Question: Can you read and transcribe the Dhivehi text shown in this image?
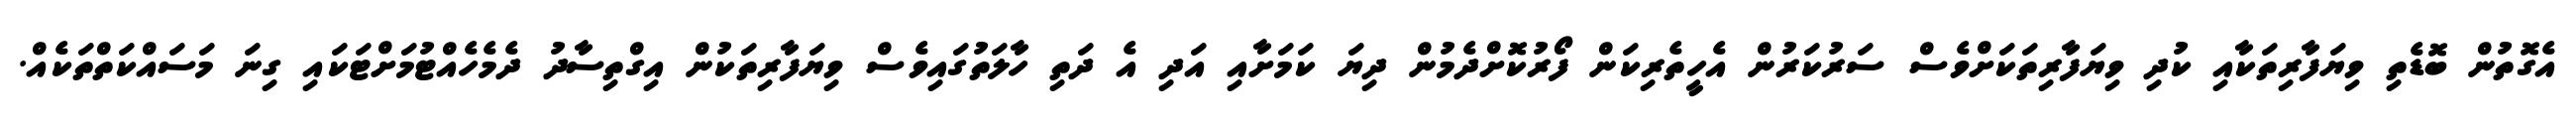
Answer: އެގޮތުން ބޮޑެތި ވިޔަފާރިތަކާއި ކުދި ވިޔަފާރިތަކަށްވެސް ސަރުކަރުން އެހީތެރިކަން ފޯރުކޮށްދެމުން ދިޔަ ކަމަށާއި އަދި އެ ދަތި ހާލަތުގައިވެސް ވިޔަފާރިތަކުން އިގްތިސާދު ދެމެހެއްޓުމަށްޓަކައި ގިނަ މަސައްކަތްތަކެއް.